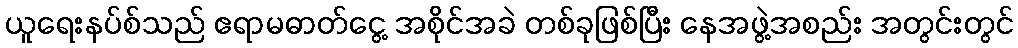
ယူရေးနပ်စ်သည် ဧရာမဓာတ်ငွေ့ အစိုင်အခဲ တစ်ခုဖြစ်ပြီး နေအဖွဲ့အစည်း အတွင်းတွင်